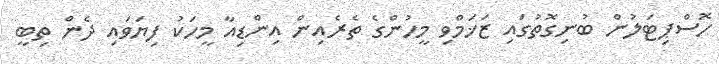
ހޮސްޕިޓަލުން ބުނިގޮތުގައި ޒަޚަމްވި މީހުންގެ ތެރެއިން އިންޑިއާ މީހަކު ފިޔަވައި ދެން ތިބީ